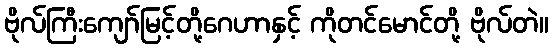
ဗိုလ်ကြီးကျော်မြင့်တို့ဂေဟာနှင့် ကိုတင်မောင်တို့ ဗိုလ်တဲ။